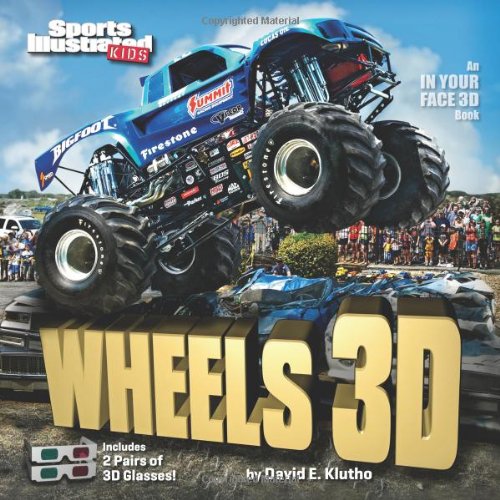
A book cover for Sports Illustrated Kids Wheels 3D (An IN YOUR FACE 3D book); The Editors of Sports Illustrated Kids; Children's Books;